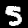
Digit: 5